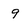
Character: 9